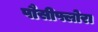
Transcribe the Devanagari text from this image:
पौसीफ्लोरा